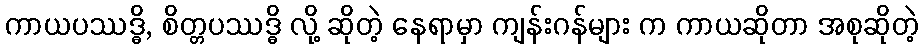
ကာယပဿဒ္ဓိ, စိတ္တပဿဒ္ဓိ လို့ ဆိုတဲ့ နေရာမှာ ကျန်းဂန်များ က ကာယဆိုတာ အစုဆိုတဲ့